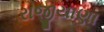
રાજીયાણા